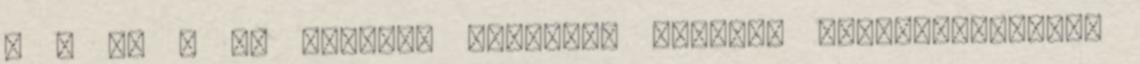
a 3 és 6 év közötti gyerekek iskolai előkészítésének